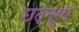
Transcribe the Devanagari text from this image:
छद्मरूप